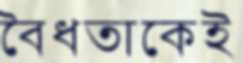
বৈধতাকেই